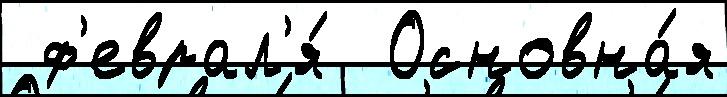
 ф'еврал'я́  Основна́я